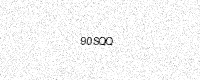
Text: 90SQQ